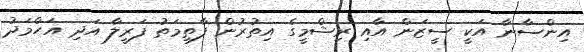
އިންސާނާ އަކީ ސީޒަން އާއި ރިޝްމީގެ އިތުރުން ފާތިމަތު ފަރީލާ އަދި އަހްމަދު